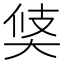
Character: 𱘳